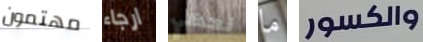
مهتمون ارجاء نحظي ما والكسور